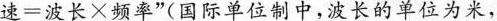
速 = 波 长 × 频 率$$”(国际单位制中，波长的单位为米，